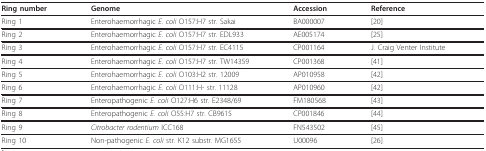
<table><thead><tr><td><b>Ring number</b></td><td><b>Genome</b></td><td><b>Accession</b></td><td><b>Reference</b></td></tr></thead><tbody><tr><td>Ring 1</td><td>Enterohaemorrhagic <i>E. coli </i>O157:H7 str. Sakai</td><td>BA000007</td><td>[20]</td></tr><tr><td>Ring 2</td><td>Enterohaemorrhagic <i>E. coli </i>O157:H7 str. EDL933</td><td>AE005174</td><td>[25]</td></tr><tr><td>Ring 3</td><td>Enterohaemorrhagic <i>E. coli </i>O157:H7 str. EC4115</td><td>CP001164</td><td>J. Craig Venter Institute</td></tr><tr><td>Ring 4</td><td>Enterohaemorrhagic <i>E. coli </i>O157:H7 str. TW14359</td><td>CP001368</td><td>[41]</td></tr><tr><td>Ring 5</td><td>Enterohaemorrhagic <i>E. coli </i>O103:H2 str. 12009</td><td>AP010958</td><td>[42]</td></tr><tr><td>Ring 6</td><td>Enterohaemorrhagic <i>E. coli </i>O111:H- str. 11128</td><td>AP010960</td><td>[42]</td></tr><tr><td>Ring 7</td><td>Enteropathogenic <i>E. coli </i>O127:H6 str. E2348/69</td><td>FM180568</td><td>[43]</td></tr><tr><td>Ring 8</td><td>Enteropathogenic <i>E. coli </i>O55:H7 str. CB9615</td><td>CP001846</td><td>[44]</td></tr><tr><td>Ring 9</td><td><i>Citrobacter rodentium </i>ICC168</td><td>FN543502</td><td>[45]</td></tr><tr><td>Ring 10</td><td>Non-pathogenic <i>E. coli </i>str. K12 substr. MG1655</td><td>U00096</td><td>[26]</td></tr></tbody></table>